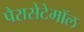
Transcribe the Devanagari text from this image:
पैरासेटेमॉल